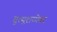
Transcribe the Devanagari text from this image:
म्रुत्यूशय्येवर